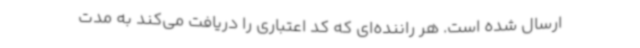
ارسال شده است. هر راننده‌ای که کد اعتباری را دریافت می‌کند به مدت